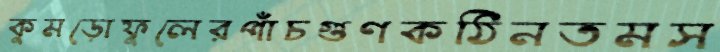
কুমড়োফুলেরপাঁচগুণকঠিনতমস